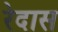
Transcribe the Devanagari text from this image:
रेदास